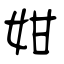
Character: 姏